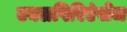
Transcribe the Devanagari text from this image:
एक्सपिरिएंसेज